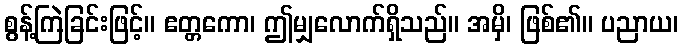
စွန့်ကြဲခြင်းဖြင့်။ ဧတ္တကော၊ ဤမျှလောက်ရှိသည်။ အမှိ၊ ဖြစ်၏။ ပညာယ၊